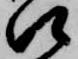
口